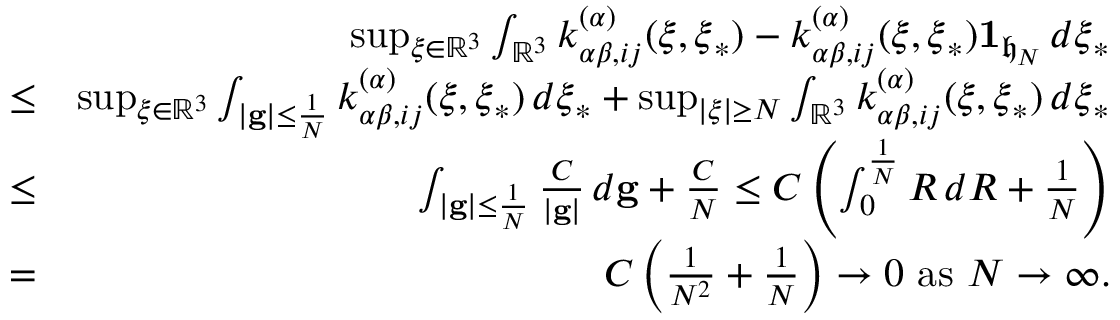
\begin{array} { r l r } & { } & { \operatorname* { s u p } _ { \boldsymbol { \xi } \in \mathbb { R } ^ { 3 } } \int _ { \mathbb { R } ^ { 3 } } k _ { \alpha \beta , i j } ^ { \left( \alpha \right) } ( \boldsymbol { \xi } , \boldsymbol { \xi } _ { \ast } ) - k _ { \alpha \beta , i j } ^ { \left( \alpha \right) } ( \boldsymbol { \xi } , \boldsymbol { \xi } _ { \ast } ) \mathbf { 1 } _ { \mathfrak { h } _ { N } } \, d \boldsymbol { \xi } _ { \ast } } \\ & { \leq } & { \operatorname* { s u p } _ { \boldsymbol { \xi } \in \mathbb { R } ^ { 3 } } \int _ { \left\vert \mathbf { g } \right\vert \leq \frac { 1 } { N } } k _ { \alpha \beta , i j } ^ { \left( \alpha \right) } ( \boldsymbol { \xi } , \boldsymbol { \xi } _ { \ast } ) \, d \boldsymbol { \xi } _ { \ast } + \operatorname* { s u p } _ { \left\vert \boldsymbol { \xi } \right\vert \geq N } \int _ { \mathbb { R } ^ { 3 } } k _ { \alpha \beta , i j } ^ { \left( \alpha \right) } ( \boldsymbol { \xi } , \boldsymbol { \xi } _ { \ast } ) \, d \boldsymbol { \xi } _ { \ast } } \\ & { \leq } & { \int _ { \left\vert \mathbf { g } \right\vert \leq \frac { 1 } { N } } \frac { C } { \left\vert \mathbf { g } \right\vert } \, d \mathbf { g } + \frac { C } { N } \leq C \left( \int _ { 0 } ^ { \frac { 1 } { N } } R \, d R + \frac { 1 } { N } \right) } \\ & { = } & { C \left( \frac { 1 } { N ^ { 2 } } + \frac { 1 } { N } \right) \rightarrow 0 \mathrm { ~ a s ~ } N \rightarrow \infty \mathrm { . } } \end{array}